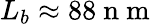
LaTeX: L_{b}\approx 88\mathrm{~n~m~}